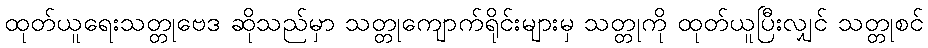
ထုတ်ယူရေးသတ္တုဗေဒ ဆိုသည်မှာ သတ္တုကျောက်ရိုင်းများမှ သတ္တုကို ထုတ်ယူပြီးလျှင် သတ္တုစင်